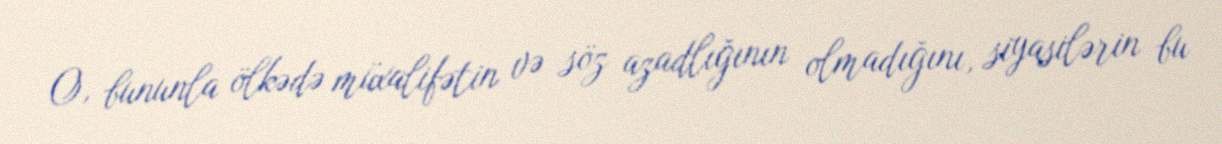
O, bununla ölkədə müxalifətin və söz azadlığının olmadığını, siyasilərin bu